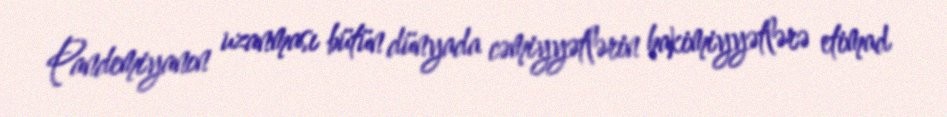
Pandemiyanın uzanması bütün dünyada cəmiyyətlərin hakimiyyətlərə etimad